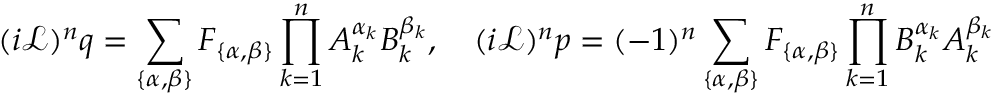
( i \mathcal { L } ) ^ { n } q = \sum _ { \{ \alpha , \beta \} } F _ { \{ \alpha , \beta \} } \prod _ { k = 1 } ^ { n } A _ { k } ^ { \alpha _ { k } } B _ { k } ^ { \beta _ { k } } , \quad ( i \mathcal { L } ) ^ { n } p = ( - 1 ) ^ { n } \sum _ { \{ \alpha , \beta \} } F _ { \{ \alpha , \beta \} } \prod _ { k = 1 } ^ { n } B _ { k } ^ { \alpha _ { k } } A _ { k } ^ { \beta _ { k } }